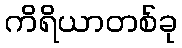
ကိရိယာတစ်ခု